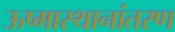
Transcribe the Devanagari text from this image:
ऊष्मास्थानांतरण